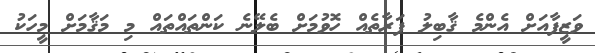
ވަޒީފާއަށް އެންމެ ޤާބިލު ފަރާތެއް ހޮވުމަށް ބެލޭނެ ކަންތައްތައް މި މަޤާމަށް މީހަކު